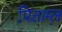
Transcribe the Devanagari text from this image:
पित्ताम्ल